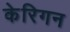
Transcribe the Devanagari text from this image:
केरिगन